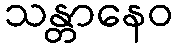
သန္တာနေဝ